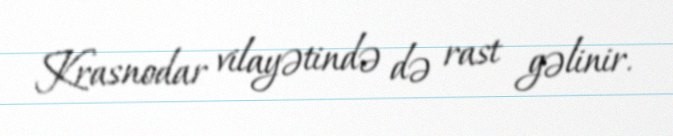
Krasnodar vilayətində də rast gəlinir.